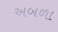
અબળા